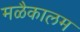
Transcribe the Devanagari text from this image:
मळैकालम